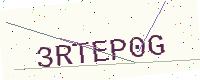
Text: 3RTEP0G